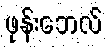
ဖုန်းဘေလ်